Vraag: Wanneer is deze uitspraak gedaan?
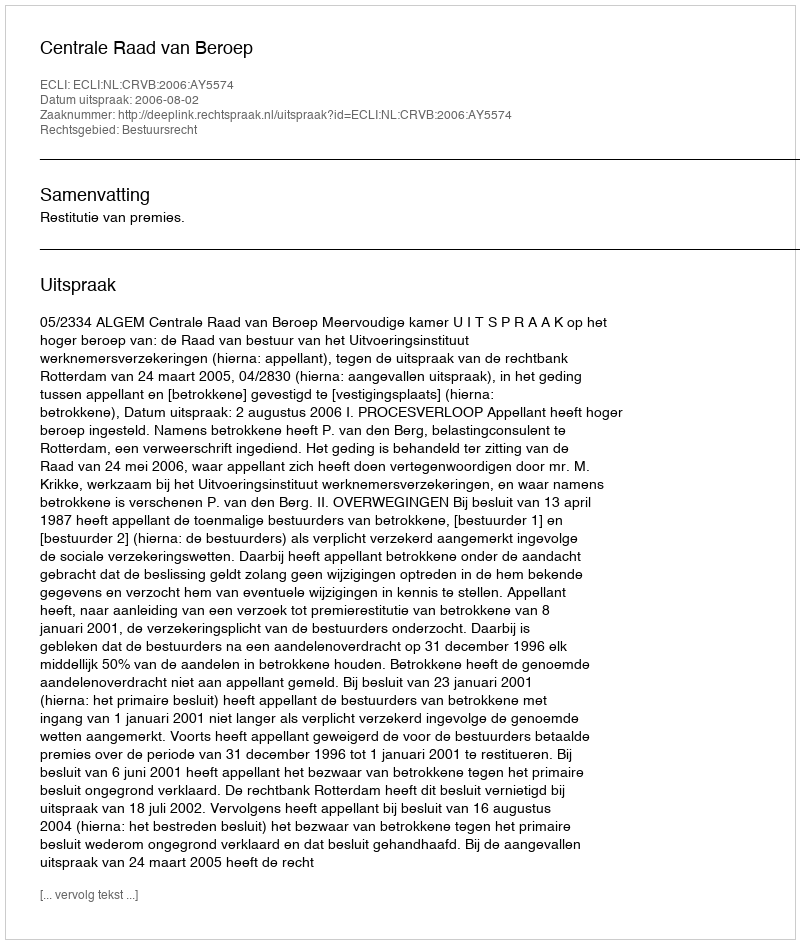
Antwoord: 2006-08-02